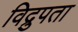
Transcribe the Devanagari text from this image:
विद्रुपता